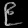
Digit: ၉